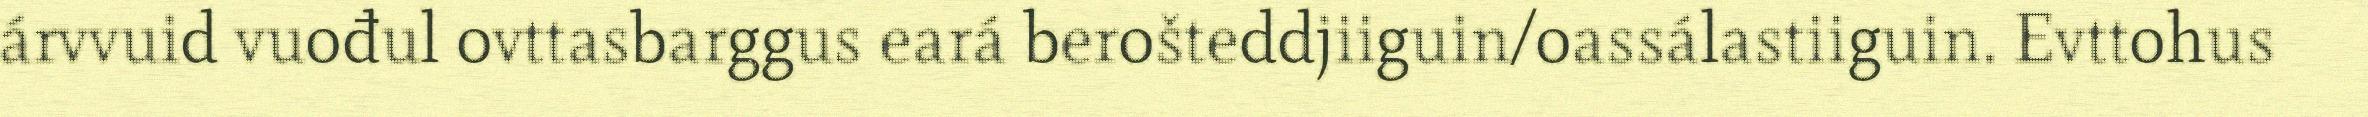
árvvuid vuođul ovttasbarggus eará berošteddjiiguin/oassálastiiguin. Evttohus